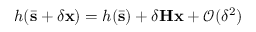
h ( \bar { \mathbf { s } } + \delta \mathbf { x } ) = h ( \bar { \mathbf { s } } ) + \delta \mathbf { H } \mathbf { x } + \mathcal { O } ( \delta ^ { 2 } )